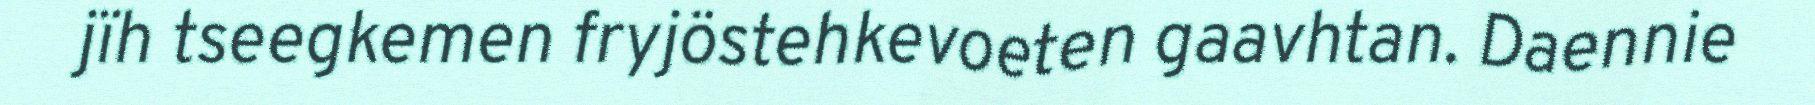
jïh tseegkemen fryjöstehkevoeten gaavhtan. Daennie